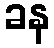
ခန